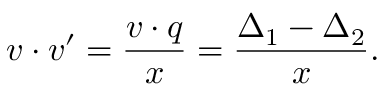
v \cdot v ^ { \prime } = \frac { v \cdot q } { x } = \frac { \Delta _ { 1 } - \Delta _ { 2 } } { x } .